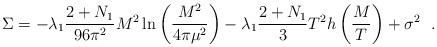
LaTeX: \begin{align*}\Sigma= -\lambda_1 \frac{2+N_1}{96 \pi^2} M^2\ln \left(\frac{M^2}{4\pi\mu^2}\right)-\lambda_1 \frac{2+N_1}{3} T^2 h \left(\frac{M}{T}\right) + \sigma^2~~.\end{align*}